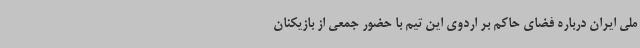
ملی ایران درباره فضای حاکم بر اردوی این تیم با حضور جمعی از بازیکنان